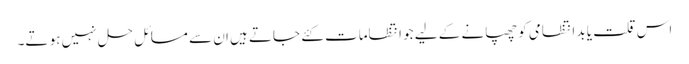
اس قلت یا بد انتظامی کو چھپانے کے لیے جو انتظامات کئے جاتے ہیں ان سے مسائل حل نہیں ہو تے۔